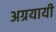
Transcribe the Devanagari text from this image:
अग्रयायी